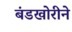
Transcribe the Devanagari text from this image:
बंडखोरीने